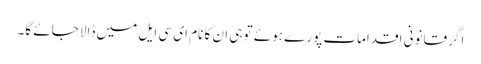
اگر قانونی اقدامات پورے ہوئے تو ہی ان کا نام ای سی ایل میں ڈالا جائے گا۔